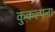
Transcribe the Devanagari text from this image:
कुकल्पना